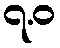
၇.ဝ